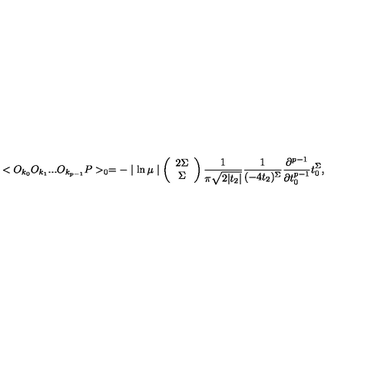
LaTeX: < O _ { k _ { 0 } } O _ { k _ { 1 } } . . . O _ { k _ { p - 1 } } P > _ { 0 } = - \mid \ln \mu \mid \left( \begin{array} { c } { 2 \Sigma } \\ { \Sigma } \\ \end{array} \right) \frac { 1 } { \pi \sqrt { 2 | t _ { 2 } | } } \frac { 1 } { ( - 4 t _ { 2 } ) ^ { \Sigma } } \frac { \partial ^ { p - 1 } } { \partial t _ { 0 } ^ { p - 1 } } t _ { 0 } ^ { \Sigma } ,